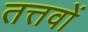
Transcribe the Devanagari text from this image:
तत्तवों